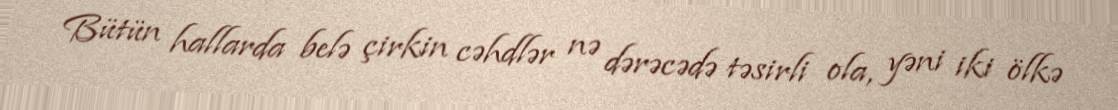
Bütün hallarda belə çirkin cəhdlər nə dərəcədə təsirli ola, yəni iki ölkə